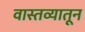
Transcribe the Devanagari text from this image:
वास्तव्यातून